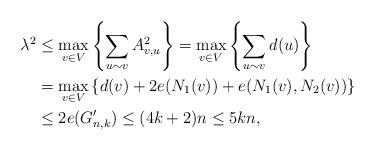
LaTeX: \begin{align*} \lambda^2 &\leq \max_{v \in V} \left\{\sum_{u \sim v} A^2_{v, u}\right\} = \max_{v \in V}\left\{\sum_{u \sim v} d(u)\right\}\\ & = \max_{v \in V}\left\{d(v) + 2e(N_1(v)) + e(N_1(v), N_2(v))\right\}\\ & \leq 2e(G_{n,k}') \leq (4k+2)n \leq 5kn, \end{align*}